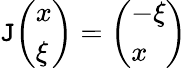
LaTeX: \mathtt{J}{\left(\begin{array}{l}{x}\\ {\xi}\end{array}\right)}={\left(\begin{array}{l}{-\xi}\\ {x}\end{array}\right)}